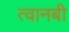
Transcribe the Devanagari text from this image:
त्वानबी